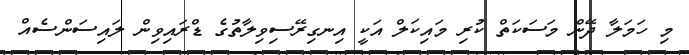
މި ހަމަލާ ދޭން މަސަކަތް ކުރި މައިކަލް އަކީ އިނގިރޭސިވިލާތުގެ ޑްރައިވިން ލައިސަންސެއް